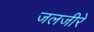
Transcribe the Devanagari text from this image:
जलजीरे